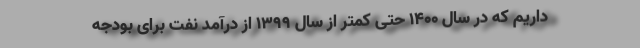
داریم که در سال ۱۴۰۰ حتی کمتر از سال ۱۳۹۹ از درآمد نفت برای بودجه